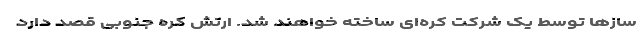
‌سازها توسط یک شرکت کره‌ای ساخته خواهند شد. ارتش کره جنوبی قصد دارد